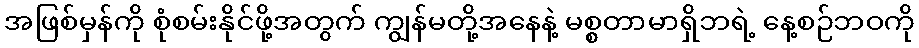
အဖြစ်မှန်ကို စုံစမ်းနိုင်ဖို့အတွက် ကျွန်မတို့အနေနဲ့ မစ္စတာမာရှိဘရဲ့ နေ့စဉ်ဘဝကို